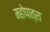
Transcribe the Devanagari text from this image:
महोपात्रा